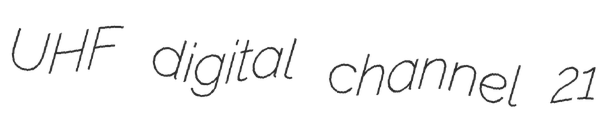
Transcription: UHF digital channel 21